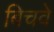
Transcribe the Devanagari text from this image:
बिचवे